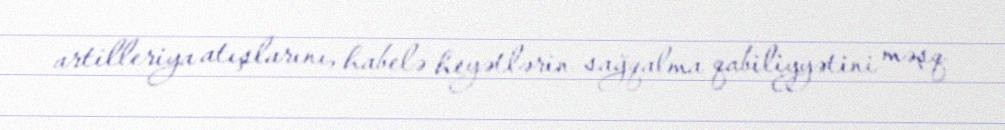
artilleriya atışlarını, habelə heyətlərin sağqalma qabiliyyətini məşq